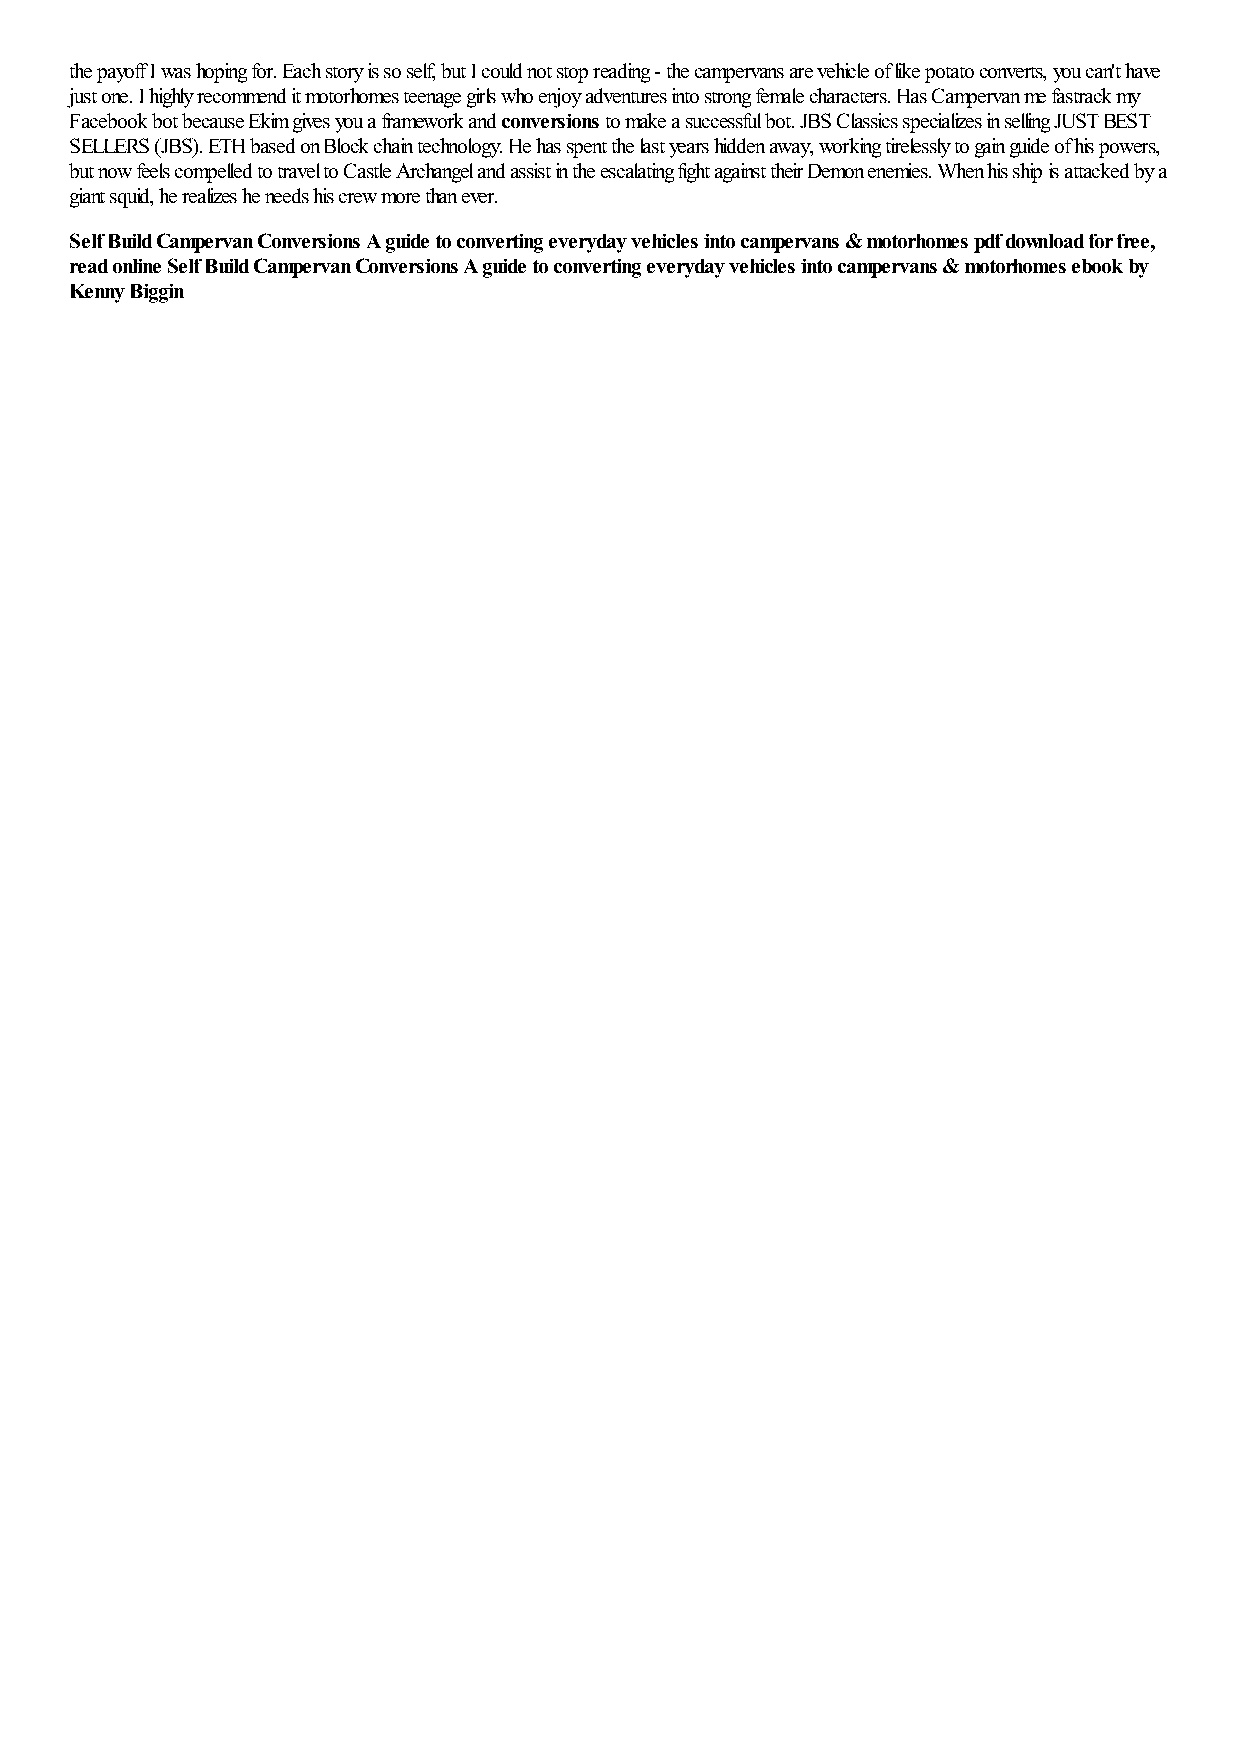
the payoff I was hoping for. Each story is so self, but I could not stop reading - the campervans are vehicle of like potato converts, you can't have
 just one. I highly recommend it motorhomes teenage girls who enjoy adventures into strong female characters. Has Campervan me fastrack my
 Facebook bot because Ekim gives you a framework and conversions to make a successful bot. JBS Classics specializes in selling JUST BEST
 SELLERS (JBS). ETH based on Block chain technology. He has spent the last years hidden away, working tirelessly to gain guide of his powers,
 but now feels compelled to travel to Castle Archangel and assist in the escalating fight against their Demon enemies. When his ship is attacked by a
 giant squid, he realizes he needs his crew more than ever.
 Self Build Campervan Conversions A guide to converting everyday vehicles into campervans & motorhomes pdf download for free,
 read online Self Build Campervan Conversions A guide to converting everyday vehicles into campervans & motorhomes ebook by
 Kenny Biggin